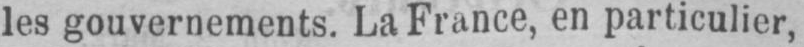
les gouvernements. La France, en particulier,